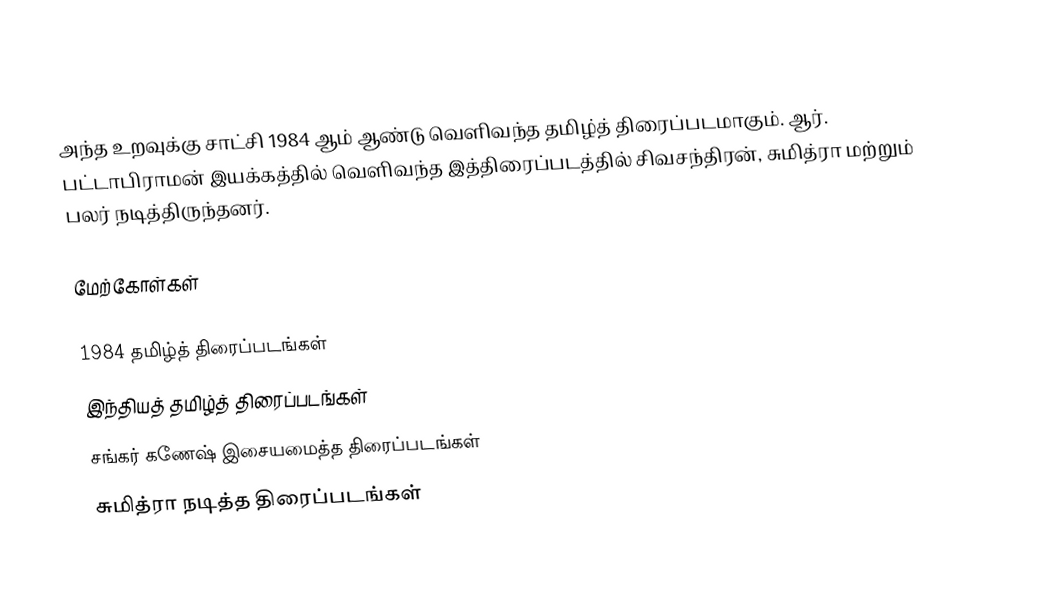
அந்த உறவுக்கு சாட்சி 1984 ஆம் ஆண்டு வெளிவந்த தமிழ்த் திரைப்படமாகும். ஆர். பட்டாபிராமன் இயக்கத்தில் வெளிவந்த இத்திரைப்படத்தில் சிவசந்திரன், சுமித்ரா மற்றும் பலர் நடித்திருந்தனர்.

மேற்கோள்கள்

1984 தமிழ்த் திரைப்படங்கள்
இந்தியத் தமிழ்த் திரைப்படங்கள்
சங்கர் கணேஷ் இசையமைத்த திரைப்படங்கள்
சுமித்ரா நடித்த திரைப்படங்கள்